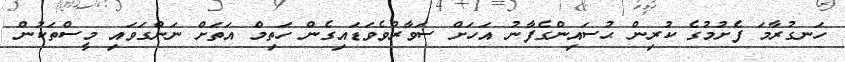
ހަނގުރާމަ ފެށުމުގެ ކުރިން ޙުސައިންގެފާނު އަހަށް ސަވާރުވެވަޑައިގެން ހަތިމް އަތަށް ނަންގަވައި މީސްތަކުން